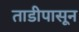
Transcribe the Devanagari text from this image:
ताडीपासून